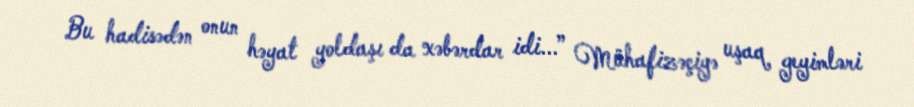
Bu hadisədən onun həyat yoldaşı da xəbərdar idi...” Mühafizəçiyə uşaq geyimləri